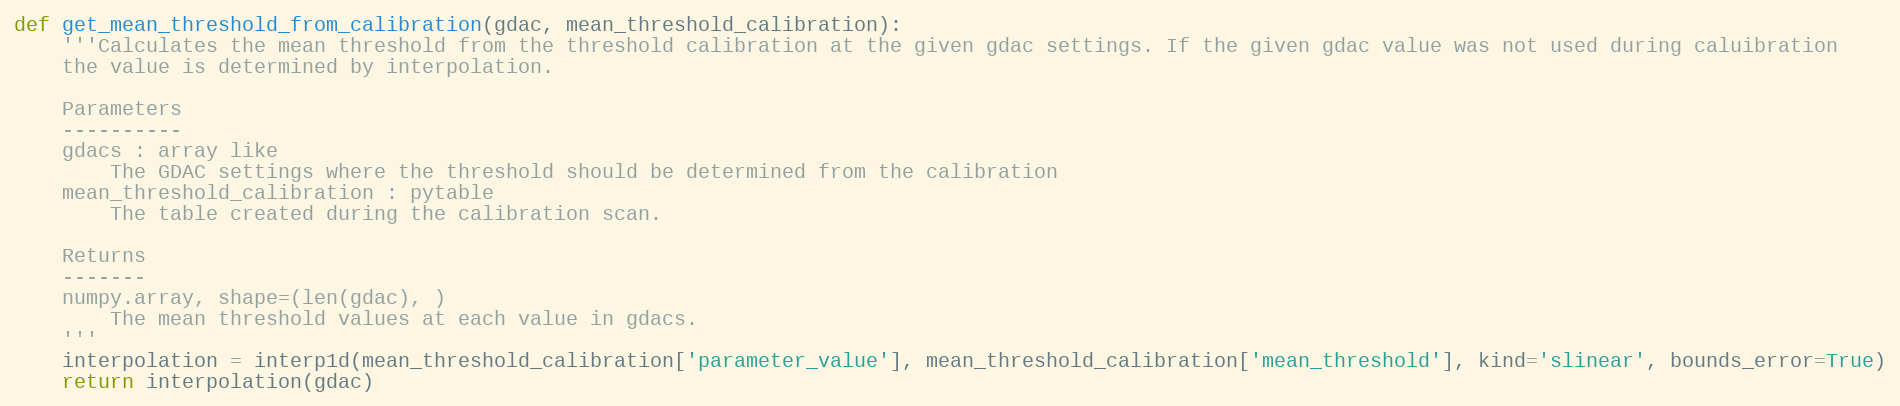
Language: Python
def get_mean_threshold_from_calibration(gdac, mean_threshold_calibration):
    '''Calculates the mean threshold from the threshold calibration at the given gdac settings. If the given gdac value was not used during caluibration
    the value is determined by interpolation.

    Parameters
    ----------
    gdacs : array like
        The GDAC settings where the threshold should be determined from the calibration
    mean_threshold_calibration : pytable
        The table created during the calibration scan.

    Returns
    -------
    numpy.array, shape=(len(gdac), )
        The mean threshold values at each value in gdacs.
    '''
    interpolation = interp1d(mean_threshold_calibration['parameter_value'], mean_threshold_calibration['mean_threshold'], kind='slinear', bounds_error=True)
    return interpolation(gdac)